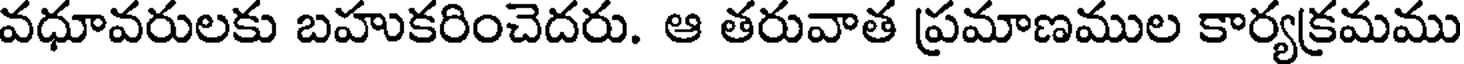
వధూవరులకు బహుకరించెదరు. ఆ తరువాత ప్రమాణముల కార్యక్రమము